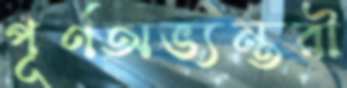
পূর্ণঅভ্যন্তরী